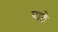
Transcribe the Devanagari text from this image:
पाठे